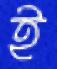
ই